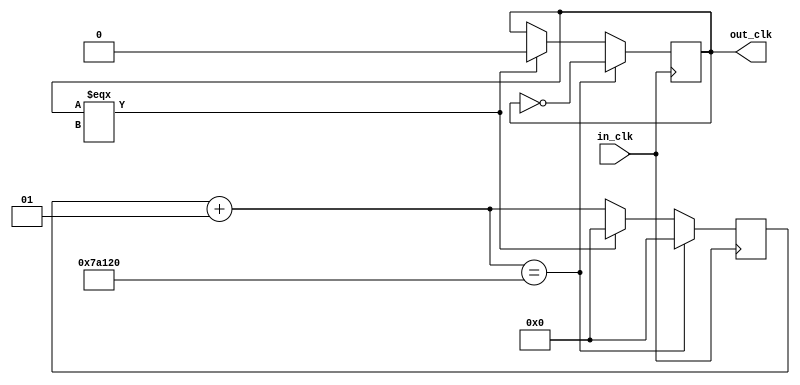
module freq_divider_60hz(
    input in_clk,
    output out_clk
    );
	 reg out = 0 ;
	 integer counter = 0 ;
	 
	 
	 
	 always @(posedge in_clk) 
	 begin
	 counter = counter + 1 ;
	 if(counter == 500000)
		begin
			counter = 0;
			out = ~out ; 
		end
	 else if(out === 1'bx )
		begin
		  out = 0 ;
		  counter = 0 ;
		end
	 end
	 
	 	 assign out_clk  = out;

	 

endmodule